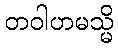
တဝါဟမသ္မိ